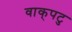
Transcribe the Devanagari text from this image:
वाक्‌पटु